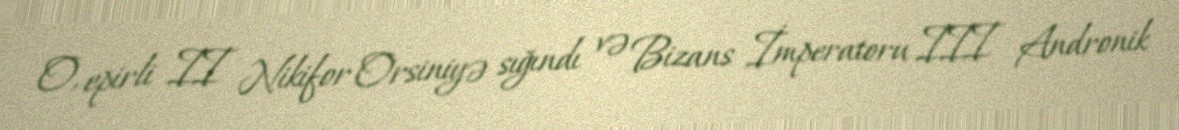
O, epirli II Nikifor Orsiniyə sığındı və Bizans İmperatoru III Andronik